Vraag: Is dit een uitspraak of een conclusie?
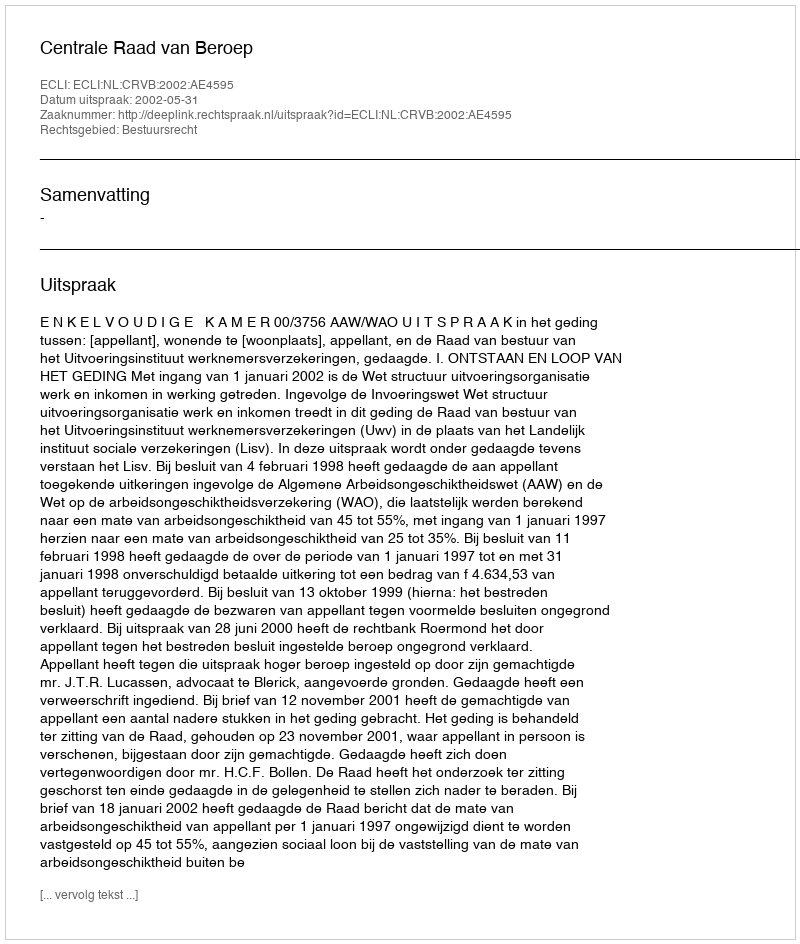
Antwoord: Uitspraak